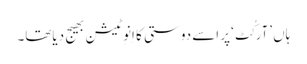
ہاں ’آرکُٹ‘پر اسے دوستی کا اِنوِٹیشن بھیج دیاتھا۔